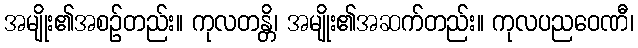
အမျိုး၏အစဉ်တည်း။ ကုလတန္တိ၊ အမျိုး၏အဆက်တည်း။ ကုလပညဝေဏီ၊